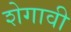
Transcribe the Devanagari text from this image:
शेगावी